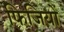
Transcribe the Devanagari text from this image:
फिजियों